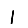
Digit: 1